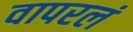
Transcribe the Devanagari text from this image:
वापरलं